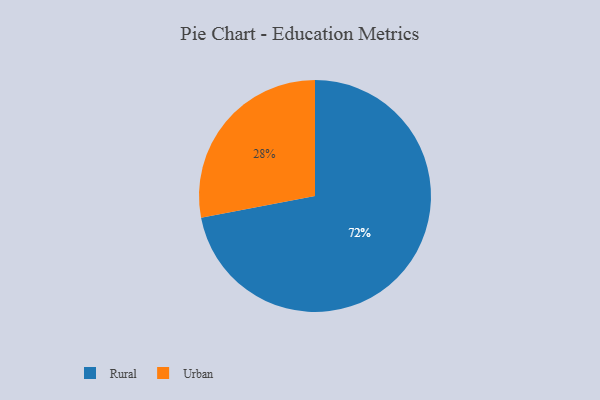
{"axis": {"x": "Category", "y": "Percentage"}, "legend": ["Rural", "Urban"], "data": [{"x": "Urban", "y": 28, "type": "Urban"}, {"x": "Rural", "y": 72, "type": "Rural"}]}